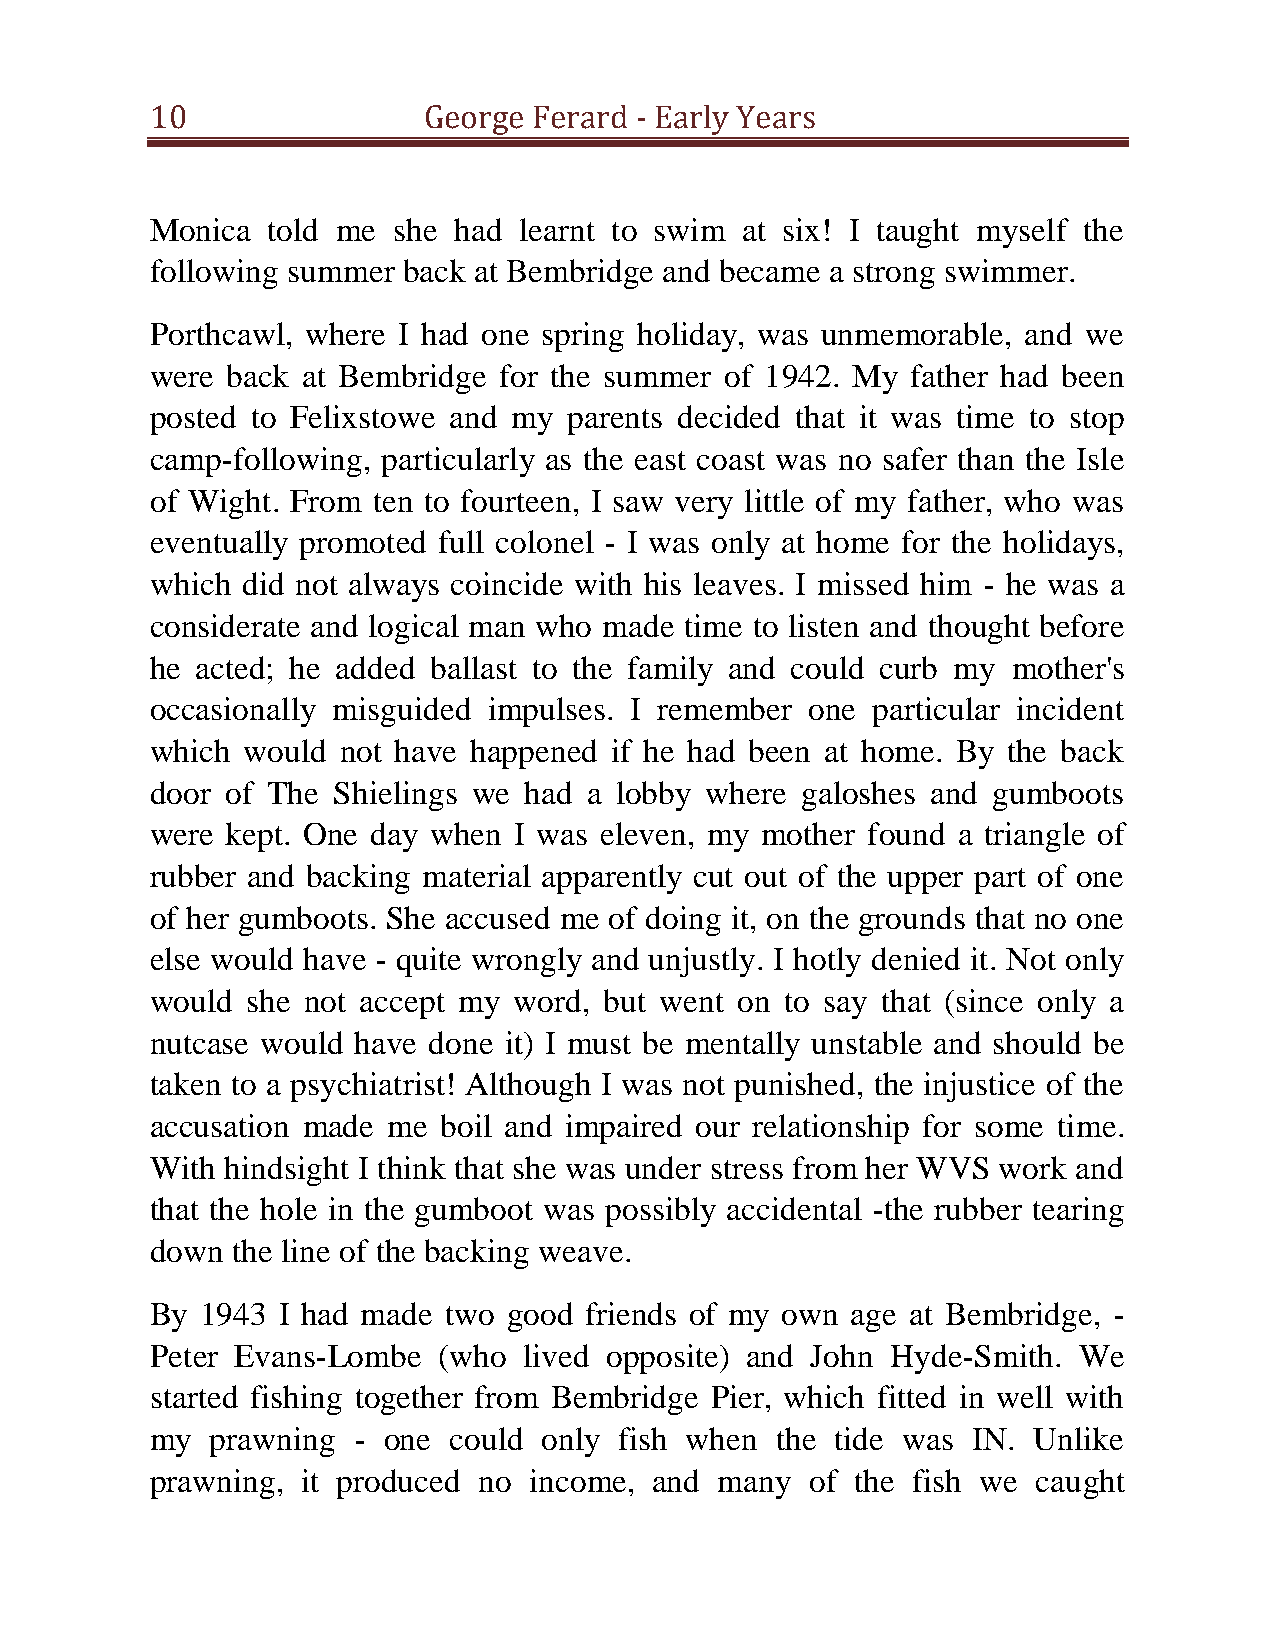
10                George Ferard - Early Years
 Monica  told me she had learnt to swim at six! I taught myself the
 following summer back at Bembridge and became a strong swimmer.
 Porthcawl, where I had one spring holiday, was unmemorable, and we
 were back at Bembridge for the summer of 1942. My father had been
 posted to Felixstowe and my parents decided that it was time to stop
 camp-following, particularly as the east coast was no safer than the Isle
 of Wight. From ten to fourteen, I saw very little of my father, who was
 eventually promoted full colonel - I was only at home for the holidays,
 which did not always coincide with his leaves. I missed him - he was a
 considerate and logical man who made time to listen and thought before
 he acted; he added ballast to the family and could curb my mother's
 occasionally misguided impulses. I remember one particular incident
 which would  not have happened if he had been at home. By the back
 door of The Shielings we had a lobby where galoshes and gumboots
 were kept. One day when I was eleven, my mother found a triangle of
 rubber and backing material apparently cut out of the upper part of one
 of her gumboots. She accused me of doing it, on the grounds that no one
 else would have - quite wrongly and unjustly. I hotly denied it. Not only
 would she not accept my word, but went on to say that (since only a
 nutcase would have done it) I must be mentally unstable and should be
 taken to a psychiatrist! Although I was not punished, the injustice of the
 accusation made me boil and impaired our relationship for some time.
 With hindsight I think that she was under stress from her WVS work and
 that the hole in the gumboot was possibly accidental -the rubber tearing
 down the line of the backing weave.
 By 1943 I had made two  good friends of my own age at Bembridge, -
 Peter Evans-Lombe  (who  lived opposite) and John Hyde-Smith. We
 started fishing together from Bembridge Pier, which fitted in well with
 my  prawning - one  could only fish when the tide was IN. Unlike
 prawning, it produced no income, and  many  of the fish we caught